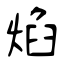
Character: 焰